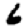
Digit: 6